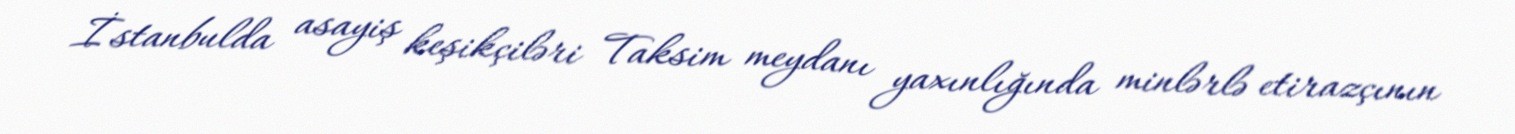
İstanbulda asayiş keşikçiləri Taksim meydanı yaxınlığında minlərlə etirazçının